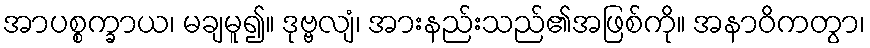
အာပစ္စက္ခာယ၊ မချမူ၍။ ဒုဗ္ဗလျံ၊ အားနည်းသည်၏အဖြစ်ကို။ အနာဝိကတွာ၊